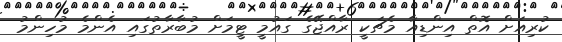
ކުރިއަށް އޮތް އިންޑިއާ މެޗަކީ ރާއްޖޭގެ ގައުމީ ޓީމަށް މުބާރާތުގައި އެންމެ މުހިންމު